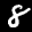
Label: 8